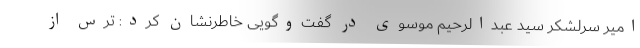
امیر سرلشکر سید عبدالرحیم موسوی در گفت‌وگویی خاطرنشان کرد: ترس از